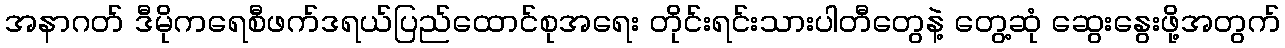
အနာဂတ် ဒီမိုကရေစီဖက်ဒရယ်ပြည်ထောင်စုအရေး တိုင်းရင်းသားပါတီတွေနဲ့ တွေ့ဆုံ ဆွေးနွေးဖို့အတွက်